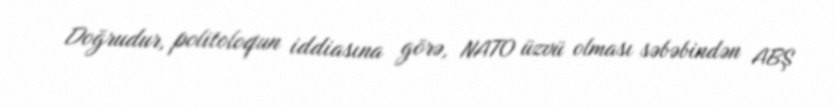
Doğrudur, politoloqun iddiasına görə, NATO üzvü olması səbəbindən ABŞ